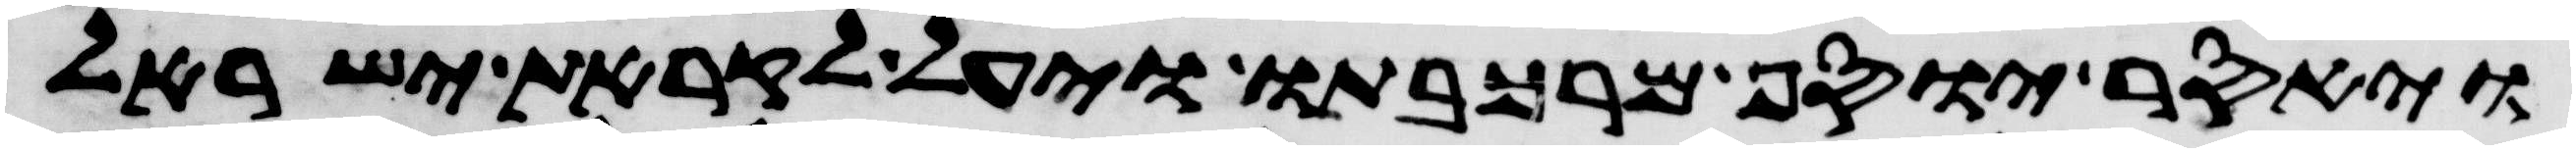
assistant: ויאסר יוסף מרכבתו ויעל לקראת ישראל